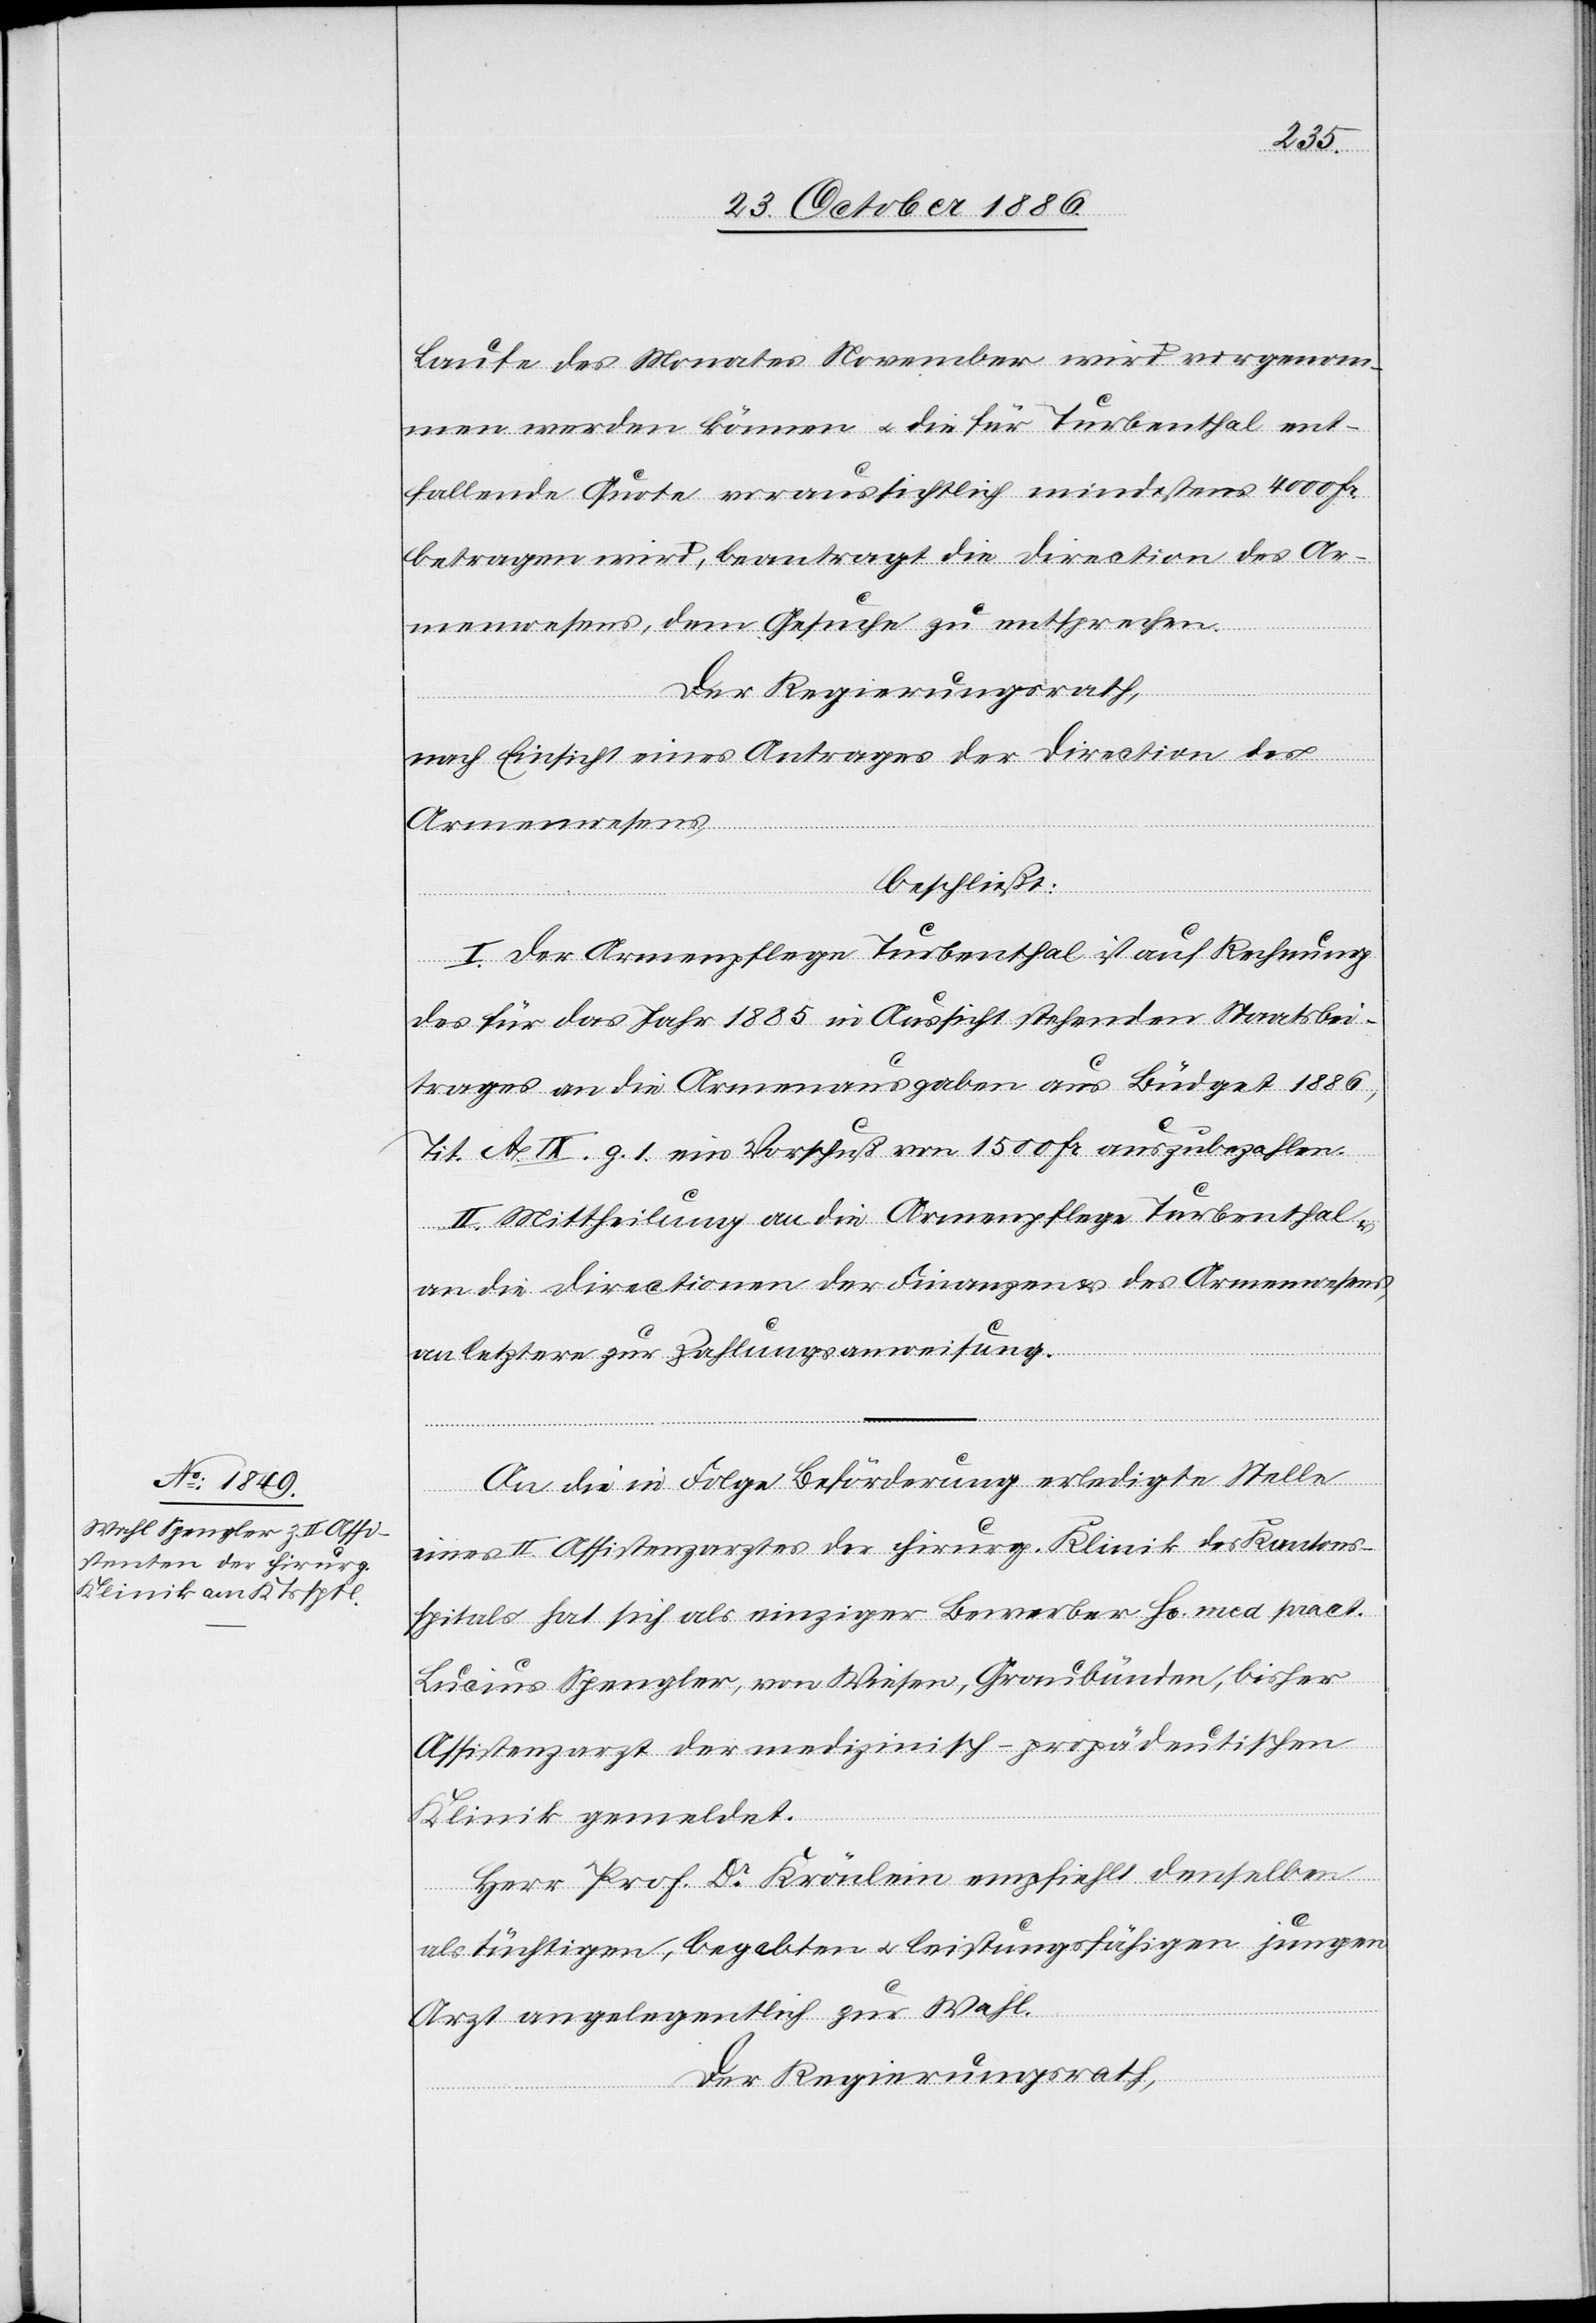
Laufe des Monates November wird vorgenom¬
men werden können & die für Turbenthal ent¬
fallende Quote voraussichtlich mindestens 4000 Fr.
betragen wird, beantragt die Direction des Ar¬
menwesens, dem Gesuche zu entsprechen.
Der Regierungsrath,
nach Einsicht eines Antrages der Direction des
Armenwesens,
beschließt:
I. Der Armenpflege Turbenthal ist auf Rechnung
des für das Jahr 1885 in Aussicht stehenden Staatsbei¬
trages an die Armenausgaben aus Büdget 1886,
Tit. A. XI. g. 1. ein Vorschuß von 1500 Fr. auszubezahlen.
II. Mittheilung an die Armenpflege Turbenthal
an die Directionen der Finanzen & des Armenwesens,
an letztere zur Zahlungsanweisung.
An die in Folge Beförderung erledigte Stelle
eines II. Assistenzarztes der chirurg. Klinik des Kantons¬
spitals hat sich als einziger Bewerber Hr. med. pract.
Lucius Spengler, von Wiesen, Graubünden, bisher
Assistenzarzt der medizinisch-propädeutischen
Klinik gemeldet.
Herr Prof. Dr Krönlein empfiehlt denselben
als tüchtigen, begabten & leistungsfähigen jungen
Arzt angelegentlich zur Wahl.
Der Regierungsrath,